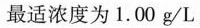
最适浓度为1.00g/L